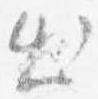
出